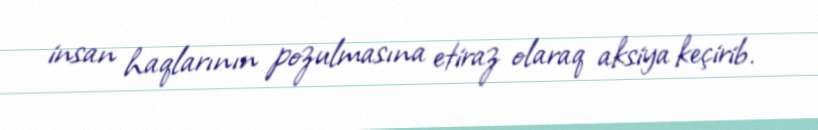
insan haqlarının pozulmasına etiraz olaraq aksiya keçirib.